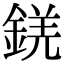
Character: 錓